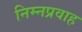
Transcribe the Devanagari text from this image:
निम्नप्रवाह